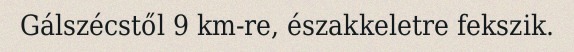
Gálszécstől 9 km-re, északkeletre fekszik.